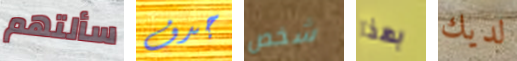
سألتهم جدف شخص بهذا لديك